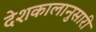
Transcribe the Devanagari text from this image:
देशकालानुसारी